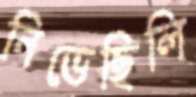
নিভেছিলি